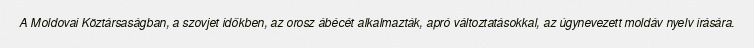
A Moldovai Köztársaságban, a szovjet időkben, az orosz ábécét alkalmazták, apró változtatásokkal, az úgynevezett moldáv nyelv írására.